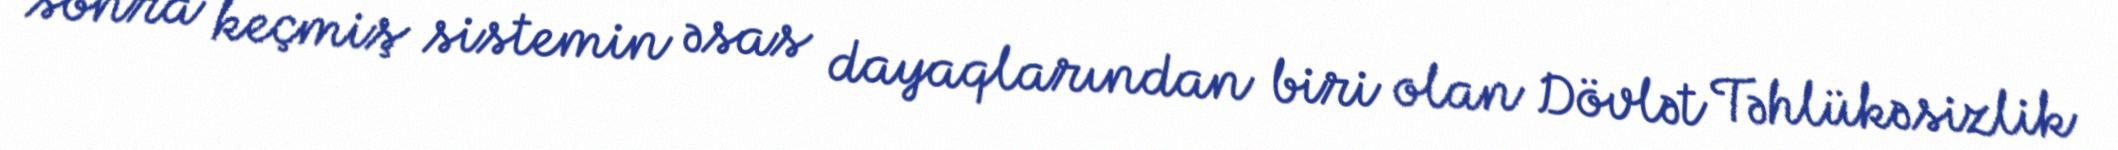
sonra keçmiş sistemin əsas dayaqlarından biri olan Dövlət Təhlükəsizlik